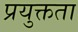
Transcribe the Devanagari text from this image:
प्रयुक्तता